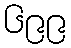
၆၉၉